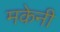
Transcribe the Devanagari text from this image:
मकेनी